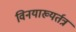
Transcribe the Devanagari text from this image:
विनयाख्यर्तत्र